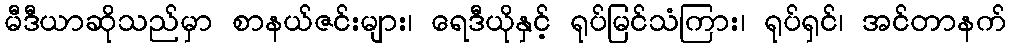
မီဒီယာဆိုသည်မှာ စာနယ်ဇင်းများ၊ ရေဒီယိုနှင့် ရုပ်မြင်သံကြား၊ ရုပ်ရှင်၊ အင်တာနက်